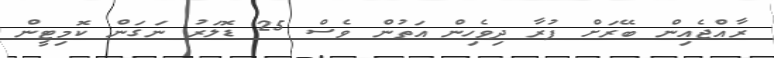
ރާއްޖެއިން ބޭރަށް ފުރާ ދިވެހިން އަތުން ވެސް 25 ޑޮލަރު ނަގަން ކޮމިޓީން